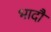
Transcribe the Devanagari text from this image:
भादौ